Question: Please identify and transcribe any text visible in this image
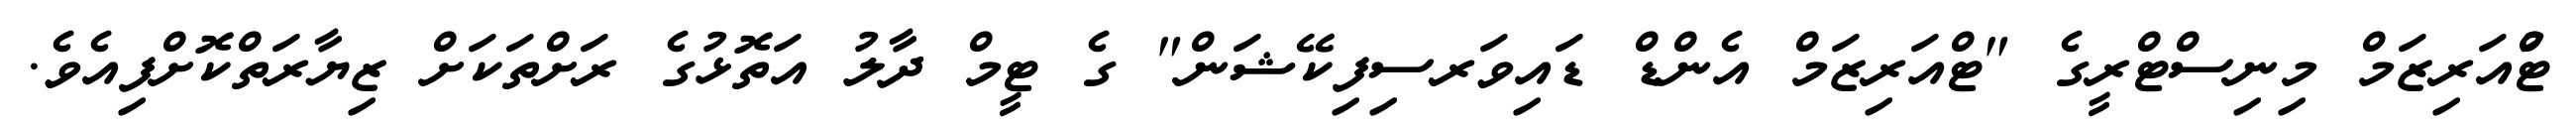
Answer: ޓްުއަރިޒަމް މިނިސްޓްރީގެ "ޓްއަރިޒަމް އެންޑް ޑައިވަރސިފިކޭޝަން" ގެ ޓީމް ދާލު އަތޮޅުގެ ރަށްތަކަށް ޒިޔާރަތްކޮށްފިއެވެ.